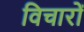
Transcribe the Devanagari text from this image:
विचारों